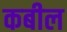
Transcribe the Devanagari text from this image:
कबील